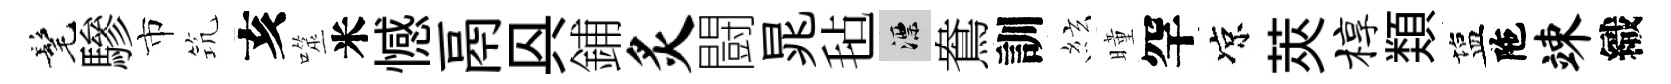
髦驂市𥬑亥噬米憾鬲㒷鋪炙闘晁毡漂鴦訓絃曈罕凉莢椁𩔖塩陁竦織